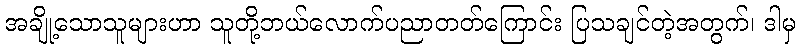
အချို့သောသူများဟာ သူတို့ဘယ်လောက်ပညာတတ်ကြောင်း ပြသချင်တဲ့အတွက်၊ ဒါမှ